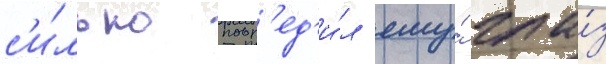
с'и́льно повр'ед'и́л ему́ гла́з